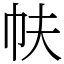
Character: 㠸